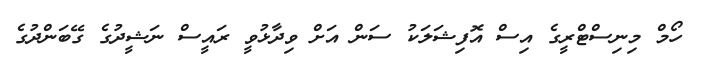
ހޯމް މިނިސްޓްރީގެ އިސް އޮފިޝަލަކު ސަން އަށް ވިދާޅުވީ ރައީސް ނަޝީދުގެ ގޭބަންދުގެ